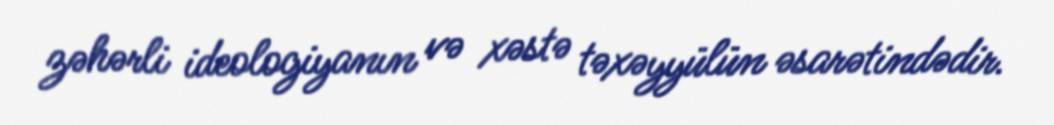
zəhərli ideologiyanın və xəstə təxəyyülün əsarətindədir.